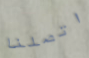
اتصلنا